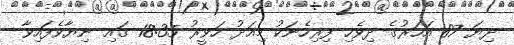
ދިޔަ 87 އަހަރުގެ ދިވެހި ފިރިހެނަކު މިއަދު ހަވީރު 18:35 ގައި ނިޔާވެފައިވާ